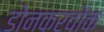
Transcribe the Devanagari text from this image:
डोनकरवोक